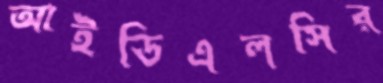
আইডিএলসির